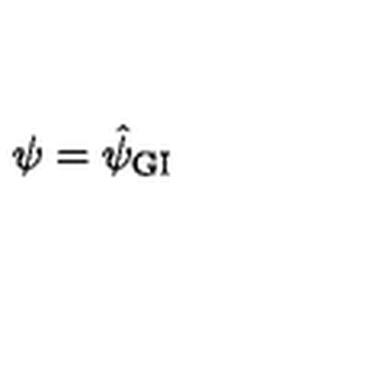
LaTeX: \psi = \hat { \psi } _ { \mathrm { \scriptsize G I } }